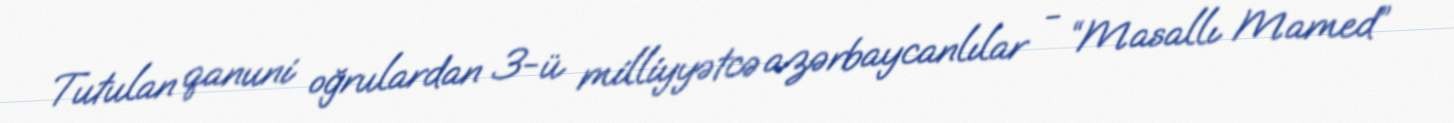
Tutulan qanuni oğrulardan 3-ü milliyyətcə azərbaycanlılar - “Masallı Mamed”